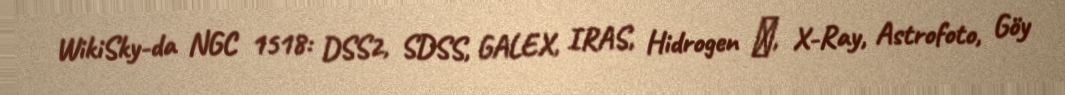
WikiSky-da NGC 1518: DSS2, SDSS, GALEX, IRAS, Hidrogen α, X-Ray, Astrofoto, Göy